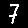
Digit: 7